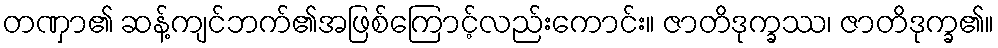
တဏှာ၏ ဆန့်ကျင်ဘက်၏အဖြစ်ကြောင့်လည်းကောင်း။ ဇာတိဒုက္ခဿ၊ ဇာတိဒုက္ခ၏။